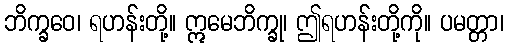
ဘိက္ခဝေ၊ ရဟန်းတို့။ ဣမေဘိက္ခု၊ ဤရဟန်းတို့ကို။ ပမတ္တာ၊